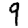
Digit: 9